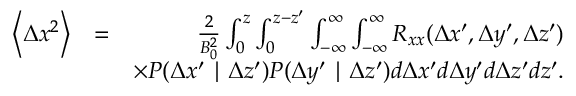
\begin{array} { r l r } { \left\langle \Delta x ^ { 2 } \right\rangle } & { = } & { \frac { 2 } { B _ { 0 } ^ { 2 } } \int _ { 0 } ^ { z } \int _ { 0 } ^ { z - { z } ^ { \prime } } \int _ { - \infty } ^ { \infty } \int _ { - \infty } ^ { \infty } R _ { x x } ( \Delta x ^ { \prime } , \Delta y ^ { \prime } , \Delta z ^ { \prime } ) } \\ & { } & { \times P ( \Delta x ^ { \prime } \mid \Delta z ^ { \prime } ) P ( \Delta y ^ { \prime } \mid \Delta z ^ { \prime } ) d \Delta x ^ { \prime } d \Delta y ^ { \prime } d \Delta z ^ { \prime } d { z } ^ { \prime } . } \end{array}